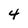
Character: 4